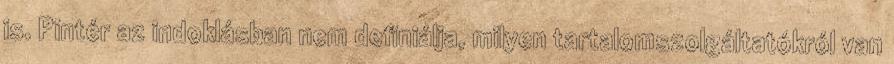
is. Pintér az indoklásban nem definiálja, milyen tartalomszolgáltatókról van